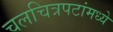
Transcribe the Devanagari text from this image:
चलचित्रपटांमध्ये